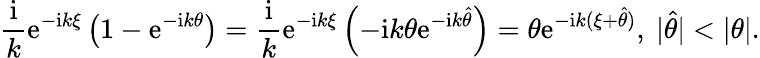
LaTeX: \frac{\mathrm{i}}{k}\mathrm{e}^{-\mathrm{i}k\xi}\left(1-\mathrm{e}^{-\mathrm{i}k\theta}\right)=\frac{\mathrm{i}}{k}\mathrm{e}^{-\mathrm{i}k\xi}\left(-\mathrm{i}k\theta\mathrm{e}^{-\mathrm{i}k\widehat{\theta}}\right)=\theta\mathrm{e}^{-\mathrm{i}k(\xi+\widehat{\theta})},~\vert\widehat{\theta}\vert<\vert\theta\vert.